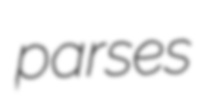
parses